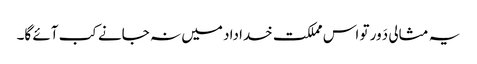
یہ مثالی دَور تو اس مملکت خداداد میں نہ جانے کب آئے گا۔